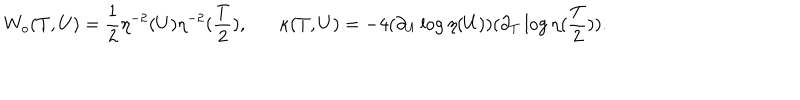
LaTeX: W _ { o } ( T , U ) = \frac { 1 } { 2 } \eta ^ { - 2 } ( U ) \eta ^ { - 2 } ( \frac { T } { 2 } ) , \kappa ( T , U ) = - 4 ( \partial _ { U } \log \eta ( U ) ) ( \partial _ { T } \log \eta ( \frac { T } { 2 } ) ) .